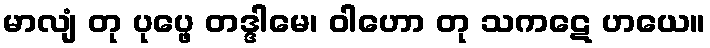
မာလျံ တု ပုပ္ဖေ တဒ္ဒါမေ၊ ဝါဟော တု သကဋေ ဟယေ။